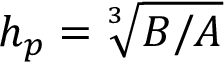
h _ { p } = \sqrt [ 3 ] { B / A }